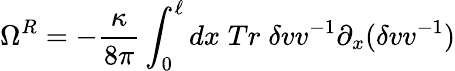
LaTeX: \Omega^{R}=-{\frac{\kappa}{8\pi}}\int_{0}^{\ell}dx\; Tr\; \delta vv^{-1}\partial_{x}(\delta vv^{-1})